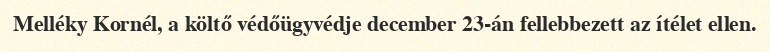
Melléky Kornél, a költő védőügyvédje december 23-án fellebbezett az ítélet ellen.